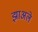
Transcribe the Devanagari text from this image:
झाअले